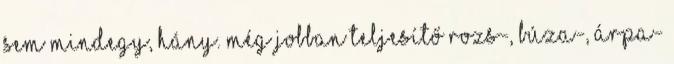
sem mindegy, hány. Még jobban teljesítő rozs-, búza-, árpa-